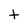
Character: t